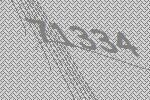
71334